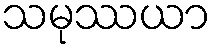
သမုဿယာ